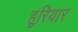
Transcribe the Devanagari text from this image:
हुरियार